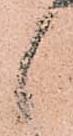
候